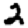
Digit: 2